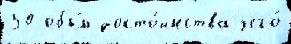
50 объ́м досто́инства чего́